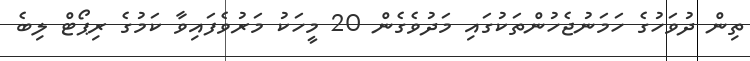
ތިން ދުވަހުގެ ހަމަނުޖެހުންތަކުގައި މަދުވެގެން 20 މީހަކު މަރުވެފައިވާ ކަމުގެ ރިޕޯޓް ލިބެ